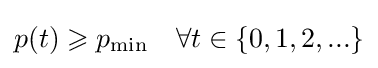
p(t)\geqslant p_{\min }\quad \forall t\in \{0,1,2,...\}